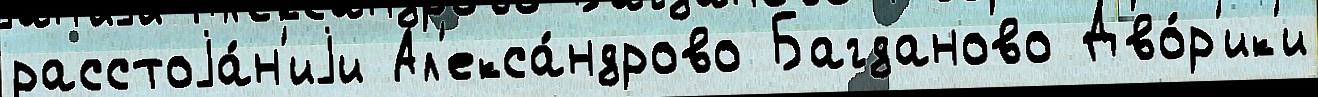
расстоjа́н'иjи Ал'екса́ндрово Багданово Дво́р'ик'и